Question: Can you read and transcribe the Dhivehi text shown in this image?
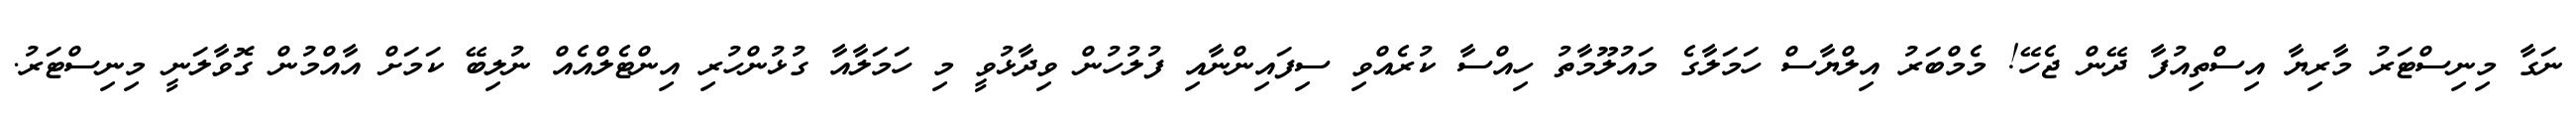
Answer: ނަގާ މިނިސްޓަރު މާރިޔާ އިސްތިއުފާ ދޭން ޖެހޭ! މެމްބަރު އިލްޔާސް ހަމަލާގެ މައުލޫމާތު ހިއްސާ ކުރެއްވި ސިފައިންނާއި ފުލުހުން ވިދާޅުވީ މި ހަމަލާއާ ގުޅުންހުރި އިންޓެލްއެއް ނުލިބޭ ކަމަށް އާއްމުން ގޮވާލަނީ މިނިސްޓަރު.